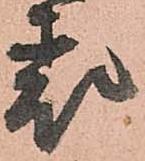
表